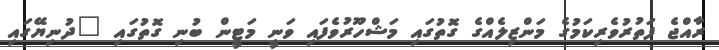
ރާއްޖެ ފަތުރުވެރިކަމުގެ މަންޒިލެއްގެ ގޮތުގައި މަޝްހޫރުވެފައި ވަނީ މަޓީން ބުނި ގޮތުގައި "ދުނިޔޭގައި